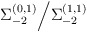
\begin{align*}\Sigma_{-2}^{(0, 1)} \Big/ \Sigma_{-2}^{(1,1)}\end{align*}